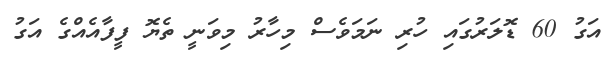
އަގު 60 ޑޮލަރުގައި ހުރި ނަމަވެސް މިހާރު މިވަނީ ތެޔޮ ފީފާއެއްގެ އަގު